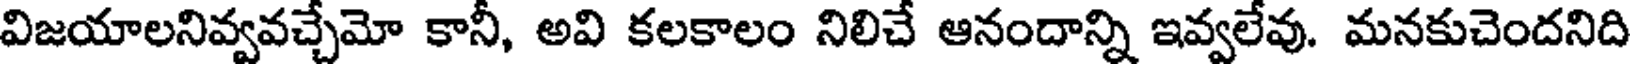
విజయాలనివ్వవచ్చేమో కానీ, అవి కలకాలం నిలిచే ఆనందాన్ని ఇవ్వలేవు. మనకుచెందనిది